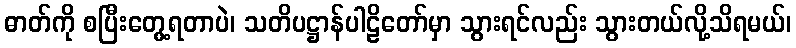
ဓာတ်ကို စပြီးတွေ့ရတာပဲ၊ သတိပဋ္ဌာန်ပါဠိတော်မှာ သွားရင်လည်း သွားတယ်လို့သိရမယ်၊